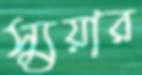
স্যুয়ার